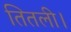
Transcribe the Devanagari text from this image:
तितली।